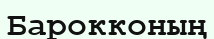
Барокконың